Lunatic asylums in Bengal annual reports 1899-1911 - 1899-1911
Year: 1899
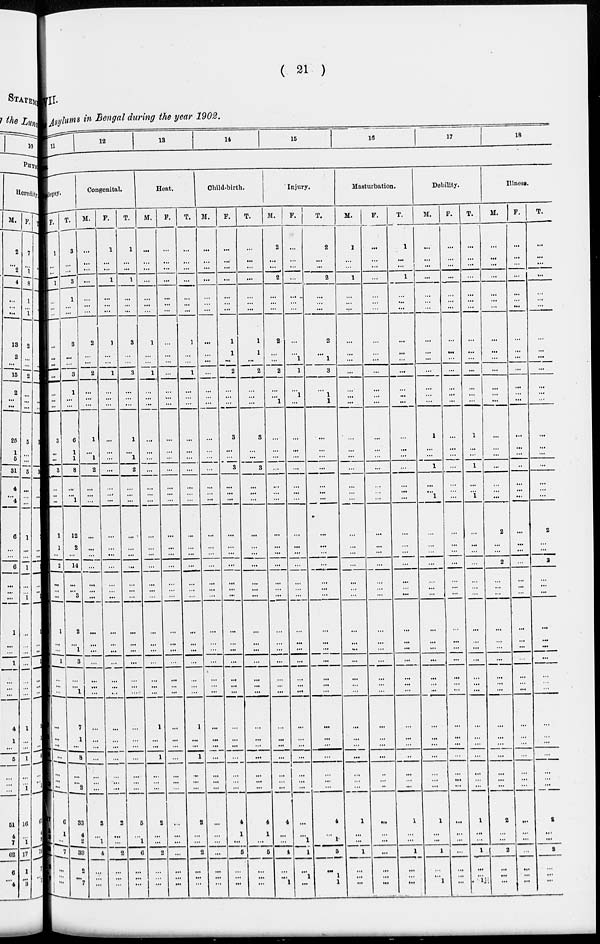
( 21 )
II.
Asylums in Bengal during the year 1902.
11
12
13
14
15
16
17
18
lepsy.
F.
1
...
...
1
...
...
...
...
...
...
...
...
...
...
6
...
...
8
...
...
...
1
1
...
2
...
...
...
1
...
...
1
...
...
...
...
...
...
...
...
...
...
6
1
...
7
...
...
...
T.
3
...
...
3
1
...
...
3
...
...
3
1
...
...
6
1
1
8
...
... ...
12
2
...
14
...
... 3
2
...
1
3
...
1
...
7
1
...
8
...
2
...
33
4
2
39
2
...
7
Congenital.
M.
...
...
...
...
...
...
...
2
...
...
2
...
...
...
1
...
1
2
...
...
...
...
...
...
...
...
...
...
...
...
...
...
...
...
...
...
...
...
...
...
...
...
3
...
1
4
...
...
...
F.
1
...
...
1
...
...
...
1
...
...
1
...
...
...
...
...
...
...
...
...
...
...
...
...
...
...
...
...
...
...
...
...
...
...
...
...
...
...
...
...
...
...
2
...
...
2
...
...
...
T.
1
...
...
1
...
...
...
3
...
...
3
...
...
...
1
...
1
2
...
...
...
...
...
...
...
...
...
...
...
...
...
...
...
...
...
...
...
...
...
...
...
...
5
...
1
6
...
...
...
Heat.
M.
...
...
...
...
...
...
...
1
...
...
1
...
...
...
...
...
...
...
...
...
...
...
...
...
...
...
...
...
...
...
...
...
...
...
...
1
...
...
1
...
...
...
2
...
...
2
...
...
...
F.
...
...
...
...
...
...
...
...
...
...
...
...
...
...
...
...
...
...
...
...
...
...
...
...
...
...
...
...
...
...
...
...
...
...
...
...
...
...
...
...
...
...
...
...
...
...
...
...
...
T.
...
...
...
...
...
...
...
1
...
...
1
...
...
...
...
...
...
...
...
...
...
...
...
...
...
...
...
...
...
...
...
...
...
...
...
1
...
...
1
...
...
...
2
...
...
2
...
...
...
Child-birth.
M.
...
...
...
...
...
...
...
...
...
...
...
...
...
...
...
...
...
...
...
...
...
...
...
...
...
...
...
...
...
...
...
...
...
...
...
...
...
...
...
...
...
...
...
...
...
...
...
...
...
F.
...
...
...
...
...
...
...
1
1
...
2
...
...
...
3
...
...
3
...
...
...
...
...
...
...
...
...
...
...
...
...
...
...
...
...
...
...
...
...
...
...
...
4
1
...
5
...
...
...
T.
...
...
...
...
...
...
...
1
1
...
2
...
...
...
3
...
...
3
...
...
...
...
...
...
...
...
...
...
...
...
...
...
...
...
...
...
...
...
...
...
...
...
4
1
...
5
...
...
...
Injury.
M.
2
...
...
2
...
...
...
2
...
...
2
...
...
1
...
...
...
...
...
...
...
...
...
...
...
...
...
...
...
...
...
...
...
...
...
...
...
...
...
...
...
...
4
...
...
4
...
...
1
F.
...
...
...
...
...
...
...
...
...
1
1
...
1
...
...
...
...
...
...
... ...
...
...
...
...
...
...
...
...
...
...
...
...
...
...
...
...
...
...
...
...
...
...
...
1
1
...
1
...
T.
2
...
...
2
...
...
...
2
...
1
3
...
1
1
...
...
...
...
...
...
...
...
...
...
...
...
...
...
...
...
...
...
...
...
...
...
...
...
...
...
...
...
4
...
1
5
...
1
1
Masturbation.
M.
1
...
...
1
...
...
...
...
...
...
...
...
...
...
...
...
...
...
...
...
...
...
...
...
...
...
...
...
...
...
...
...
...
...
...
...
...
...
...
...
...
...
1
...
...
1
...
...
...
F.
...
...
...
...
...
...
...
...
...
...
...
...
...
...
...
...
...
...
...
...
...
...
...
...
...
...
...
...
...
...
...
...
...
...
...
...
...
...
...
...
...
...
...
...
...
...
...
...
...
T.
1
...
...
1
...
...
...
...
...
...
...
...
...
...
...
...
...
...
...
...
...
...
...
...
...
...
...
...
...
...
...
...
...
...
...
...
...
...
...
...
...
...
1
...
...
1
...
...
...
Debility.
M.
...
...
...
...
...
...
...
...
...
...
...
...
...
...
1
...
...
1
...
1
...
...
...
...
...
...
...
...
...
...
...
...
...
...
...
...
...
...
...
...
...
...
1
...
...
1
...
...
1
F.
...
...
...
...
...
...
...
...
...
...
...
...
...
...
...
...
...
...
...
...
...
...
...
...
...
...
...
...
...
...
...
...
...
...
...
...
...
...
...
...
...
...
...
...
...
...
...
...
...
T.
...
...
...
...
...
...
...
...
...
...
...
...
...
...
1
...
...
1
...
1 ...
...
...
...
...
...
...
...
...
...
...
...
...
...
...
...
...
...
...
...
...
...
1
...
...
1
...
...
1
Illness.
M.
...
...
...
...
...
...
...
...
...
...
...
...
...
...
...
...
...
...
...
...
...
2
...
...
2
...
...
...
...
...
...
...
...
...
...
...
...
...
...
...
...
...
2
...
...
2
...
...
...
F.
...
...
...
...
...
...
...
...
...
...
...
...
...
...
...
...
...
...
...
...
...
...
...
...
...
...
...
...
...
...
...
...
...
...
...
...
...
...
...
...
...
...
...
...
...
...
...
...
...
T.
...
...
...
...
...
...
...
...
...
...
...
...
...
...
...
...
...
...
...
...
...
2
...
2
...
...
...
...
...
...
...
...
...
...
...
...
...
...
...
...
...
2
...
...
2
...
...
...